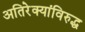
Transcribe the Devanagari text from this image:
अतिरेक्यांविरुद्ध